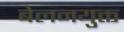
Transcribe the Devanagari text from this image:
बेलनयुक्त